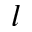
l